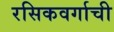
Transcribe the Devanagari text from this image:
रसिकवर्गाची